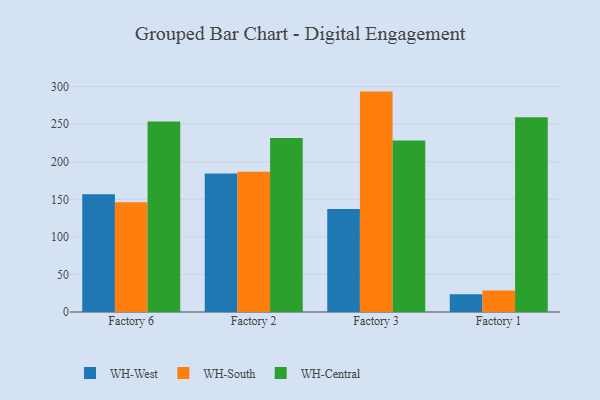
{"axis": {"x": "Factory", "y": "Demand Index"}, "legend": ["WH-Central", "WH-South", "WH-West"], "data": [{"x": "Factory 6", "y": 156.7, "type": "WH-West"}, {"x": "Factory 6", "y": 146.2, "type": "WH-South"}, {"x": "Factory 6", "y": 253.5, "type": "WH-Central"}, {"x": "Factory 2", "y": 184.5, "type": "WH-West"}, {"x": "Factory 2", "y": 186.7, "type": "WH-South"}, {"x": "Factory 2", "y": 231.7, "type": "WH-Central"}, {"x": "Factory 3", "y": 137.0, "type": "WH-West"}, {"x": "Factory 3", "y": 293.4, "type": "WH-South"}, {"x": "Factory 3", "y": 228.4, "type": "WH-Central"}, {"x": "Factory 1", "y": 23.5, "type": "WH-West"}, {"x": "Factory 1", "y": 28.6, "type": "WH-South"}, {"x": "Factory 1", "y": 259.1, "type": "WH-Central"}]}